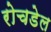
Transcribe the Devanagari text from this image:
रोचडेल